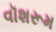
વૉશરૂમ